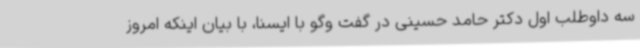
سه داوطلب اول دکتر حامد حسینی در گفت وگو با ایسنا، با بیان اینکه امروز